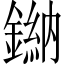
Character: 𫒾